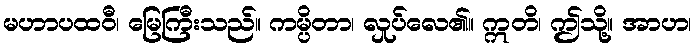
မဟာပထဝီ၊ မြေကြီးသည်။ ကမ္ပိတာ၊ လှုပ်လေ၏။ ဣတိ၊ ဤသို့။ အာဟ၊